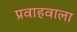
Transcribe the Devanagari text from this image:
प्रवाहवाला